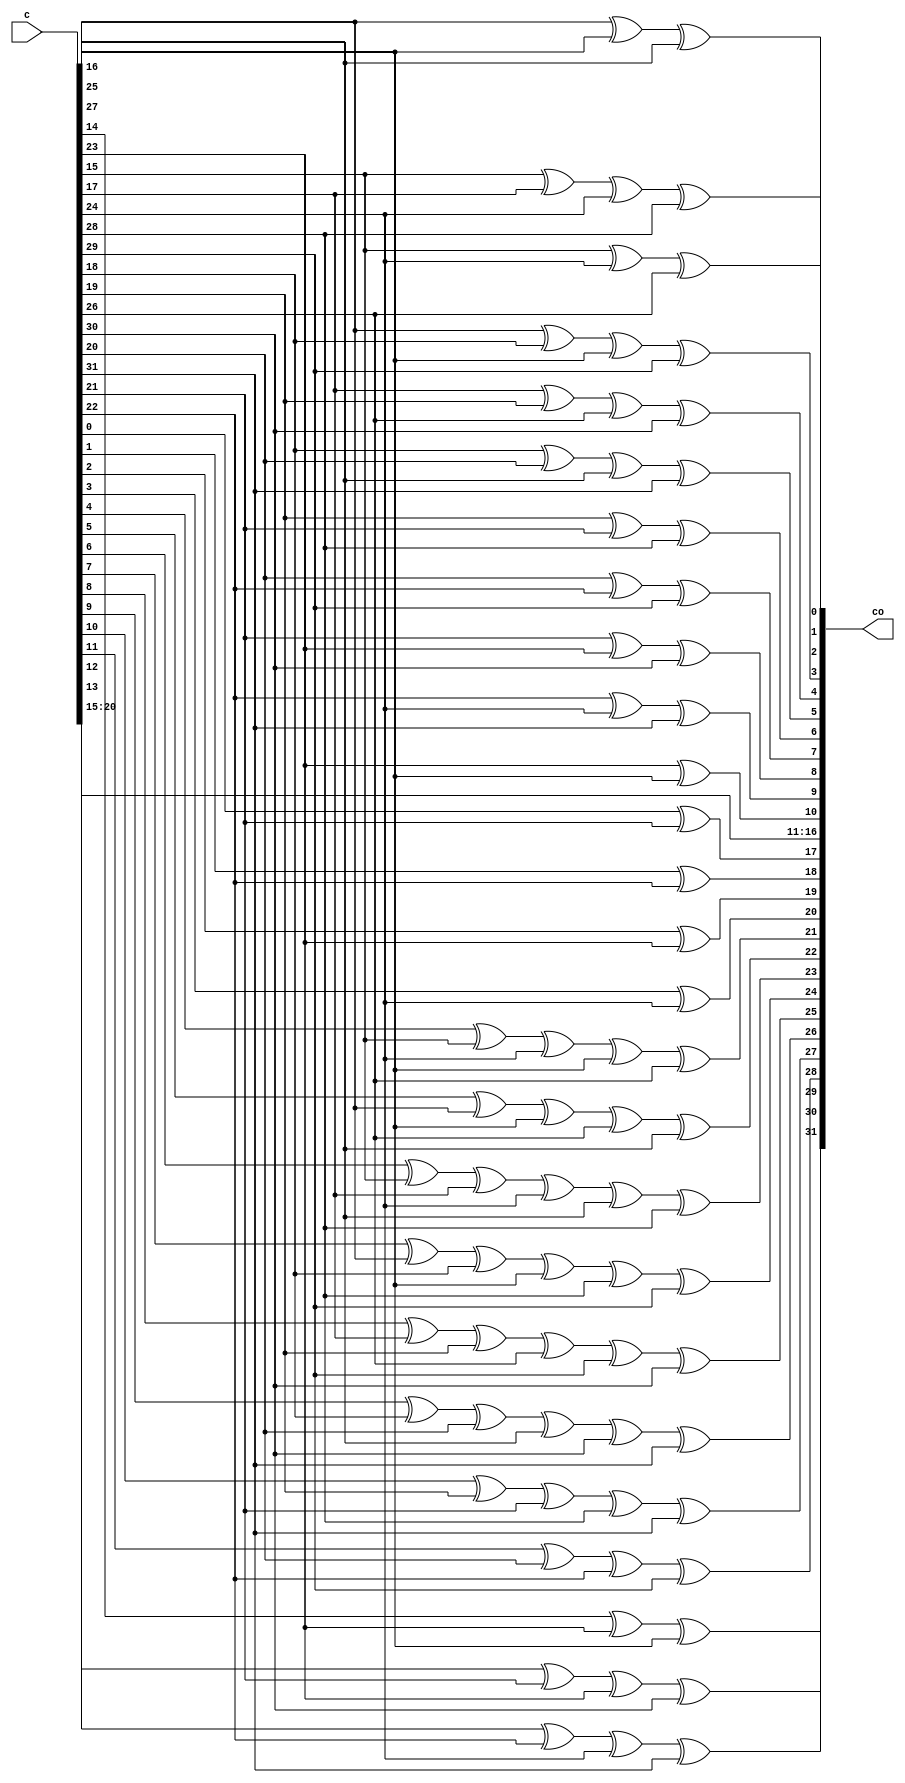
module fec_rot_17 (
    input [31:0] c,
    output [31:0] co
);

assign co[0] =
    c[15] ^ c[24] ^ c[26];

assign co[1] =
    c[16] ^ c[25] ^ c[27];

assign co[2] =
    c[15] ^ c[17] ^ c[24] ^ c[28];

assign co[3] =
    c[16] ^ c[18] ^ c[25] ^ c[29];

assign co[4] =
    c[17] ^ c[19] ^ c[26] ^ c[30];

assign co[5] =
    c[18] ^ c[20] ^ c[27] ^ c[31];

assign co[6] =
    c[19] ^ c[21] ^ c[28];

assign co[7] =
    c[20] ^ c[22] ^ c[29];

assign co[8] =
    c[21] ^ c[23] ^ c[30];

assign co[9] =
    c[22] ^ c[24] ^ c[31];

assign co[10] =
    c[23] ^ c[25];

assign co[11] =
    c[15];

assign co[12] =
    c[16];

assign co[13] =
    c[17];

assign co[14] =
    c[18];

assign co[15] =
    c[19];

assign co[16] =
    c[20];

assign co[17] =
    c[0] ^ c[21];

assign co[18] =
    c[1] ^ c[22];

assign co[19] =
    c[2] ^ c[23];

assign co[20] =
    c[3] ^ c[24];

assign co[21] =
    c[4] ^ c[15] ^ c[24] ^ c[25] ^ c[26];

assign co[22] =
    c[5] ^ c[16] ^ c[25] ^ c[26] ^ c[27];

assign co[23] =
    c[6] ^ c[15] ^ c[17] ^ c[24] ^ c[27] ^ c[28];

assign co[24] =
    c[7] ^ c[16] ^ c[18] ^ c[25] ^ c[28] ^ c[29];

assign co[25] =
    c[8] ^ c[17] ^ c[19] ^ c[26] ^ c[29] ^ c[30];

assign co[26] =
    c[9] ^ c[18] ^ c[20] ^ c[27] ^ c[30] ^ c[31];

assign co[27] =
    c[10] ^ c[19] ^ c[21] ^ c[28] ^ c[31];

assign co[28] =
    c[11] ^ c[20] ^ c[22] ^ c[29];

assign co[29] =
    c[12] ^ c[21] ^ c[23] ^ c[30];

assign co[30] =
    c[13] ^ c[22] ^ c[24] ^ c[31];

assign co[31] =
    c[14] ^ c[23] ^ c[25];

endmodule